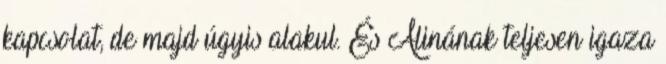
kapcsolat, de majd úgyis alakul. És Alinának teljesen igaza